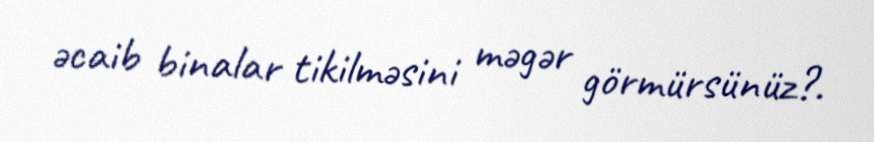
əcaib binalar tikilməsini məgər görmürsünüz?.